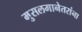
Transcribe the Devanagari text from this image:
मुसलमानेतरांना